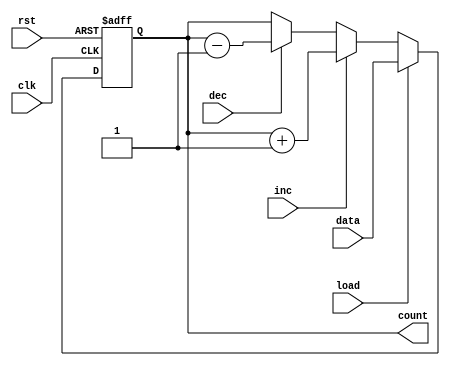
module async_load_counter (
    input wire clk,             // Clock input
    input wire rst,             // Asynchronous reset
    input wire load,            // Load signal
    input wire [3:0] data,      // Data input for loading
    input wire inc,             // Increment signal
    input wire dec,             // Decrement signal
    output reg [3:0] count      // Output count
);

// Asynchronous reset
always @(posedge clk or posedge rst) begin
    if (rst) begin
        count <= 4'b0000;      // Reset count to zero
    end else if (load) begin
        count <= data;         // Load the specified value
    end else if (inc) begin
        count <= count + 1;    // Increment count
    end else if (dec) begin
        count <= count - 1;    // Decrement count
    end
end

endmodule